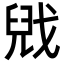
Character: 𫻻